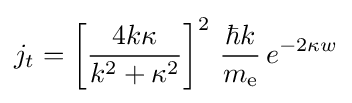
j_{t}=\left[{\frac {4k\kappa }{k^{2}+\kappa ^{2}}}\right]^{2}\,{\frac {\hbar k}{m_{\text{e}}}}\,e^{-2\kappa w}